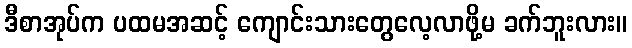
ဒီစာအုပ်က ပထမအဆင့် ကျောင်းသားတွေလေ့လာဖို့မ ခက်ဘူးလား။